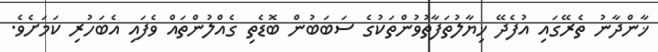
ޚާންދާނު ތެރޭގައި އުފެދޭ ޚިޔާލުތަފާތުވުންތަކުގެ ސަބަބުން ބޮޑެތި ގެއްލުންތައް ވެފައި އެބަހުރި ކަމަށެވެ.